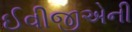
ઈવીજીએની